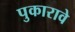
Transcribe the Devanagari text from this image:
पुकारावे